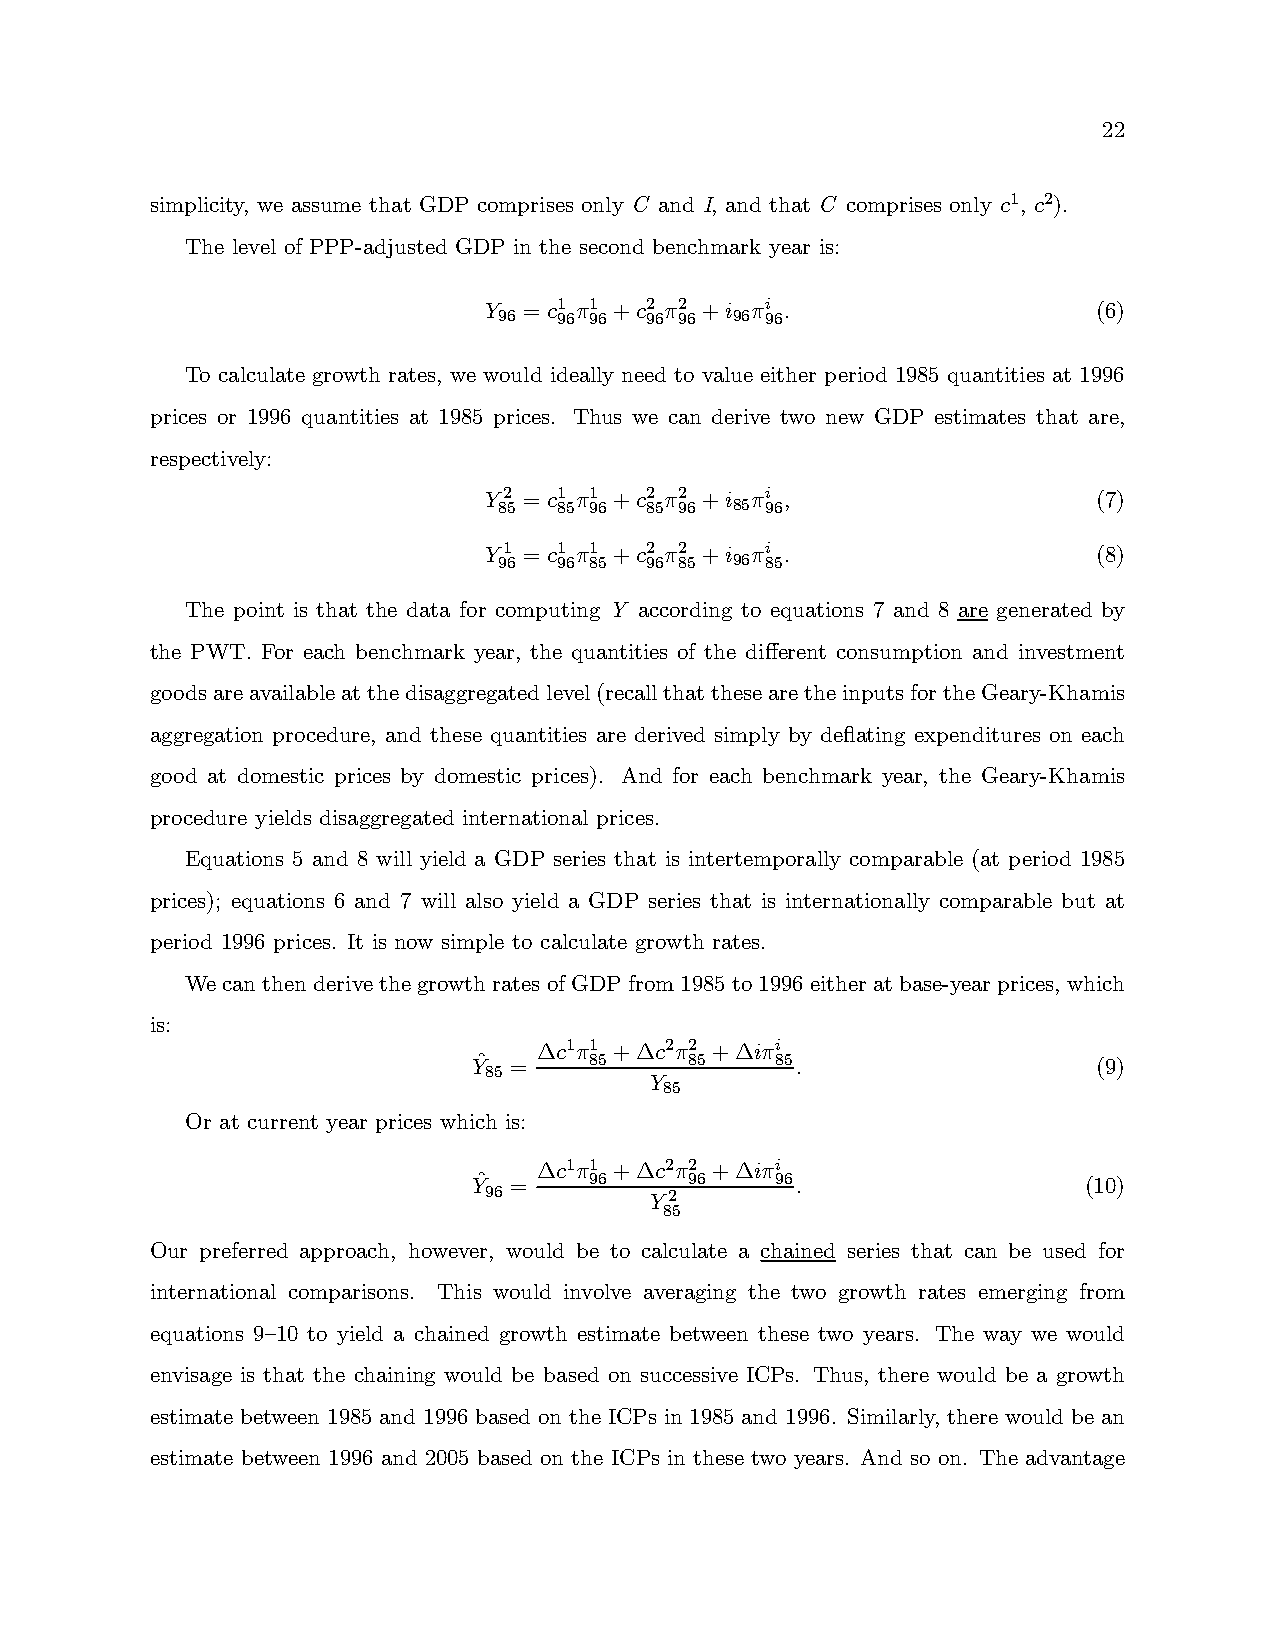
22
 simplicity, we assume that GDP comprises only C and I, and that C comprises only 1, 2).
 The level of PPP-adjusted GDP in the second benchmark year is:
   =1 1 +2 2 +                   (6)
 96  96 96 96 96 96 96
 To calculate growth rates, we would ideally need to value either period 1985 quantities at 1996
 prices or 1996 quantities at 1985 prices. Thus we can derive two new GDP estimates that are,
 respectively:
 2 =1 1 +2 2 +                   (7)
 85  85 96 85 96 85 96
 1 =1 1 +2 2 +                   (8)
 96  96 85 96 85 96 85
 The point is that the data for computing Y according to equations 7 and 8 are generated by
 the PWT. For each benchmark year, the quantities of the different consumption and investment
 goodsareavailableatthedisaggregatedlevel(recallthatthesearetheinputsfortheGeary-Khamis
 aggregation procedure, and these quantities are derived simply by deflating expenditures on each
 good at domestic prices by domestic prices). And for each benchmark year, the Geary-Khamis
 procedure yields disaggregated international prices.
 Equations 5 and 8 will yield a GDP series that is intertemporally comparable (at period 1985
 prices); equations 6 and 7 will also yield a GDP series that is internationally comparable but at
 period 1996 prices. It is now simple to calculate growth rates.
 Wecanthenderivethegrowthratesof GDPfrom1985to1996eitheratbase-yearprices, which
 is:
 ∆11 +∆22 +∆
 ˆ =    85     85   85                   (9)
 85
 
 85
 Or at current year prices which is:
 ∆11 +∆22 +∆
 ˆ =    96     96   96                  (10)
 96         2
 85
 Our preferred approach, however, would be to calculate a chained series that can be used for
 international comparisons. This would involve averaging the two growth rates emerging from
 equations 9—10 to yield a chained growth estimate between these two years. The way we would
 envisage is that the chaining would be based on successive ICPs. Thus, there would be a growth
 estimate between 1985 and 1996 based on the ICPs in 1985 and 1996. Similarly, there would be an
 estimate between 1996 and 2005 based on the ICPs in these two years. And so on. The advantage